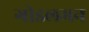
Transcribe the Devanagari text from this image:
गोडलमन